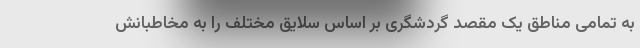
به تمامی مناطق یک مقصد گردشگری بر اساس سلایق مختلف را به مخاطبانش